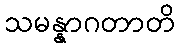
သမန္နာဂတာတိ